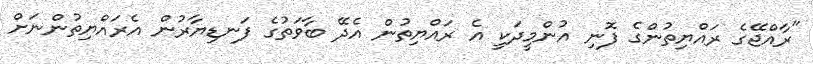
"ރާއްޖޭގެ ރައްޔިތުންގެ ފޮނި އުންމީދަކީ އެ ރައްޔިތުން އެދޭ ބާވަތުގެ ފަނޑިޔާރުން އެރައްޔިތުންނަށް